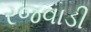
રજવાડી